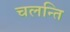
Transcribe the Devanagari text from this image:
चलन्ति